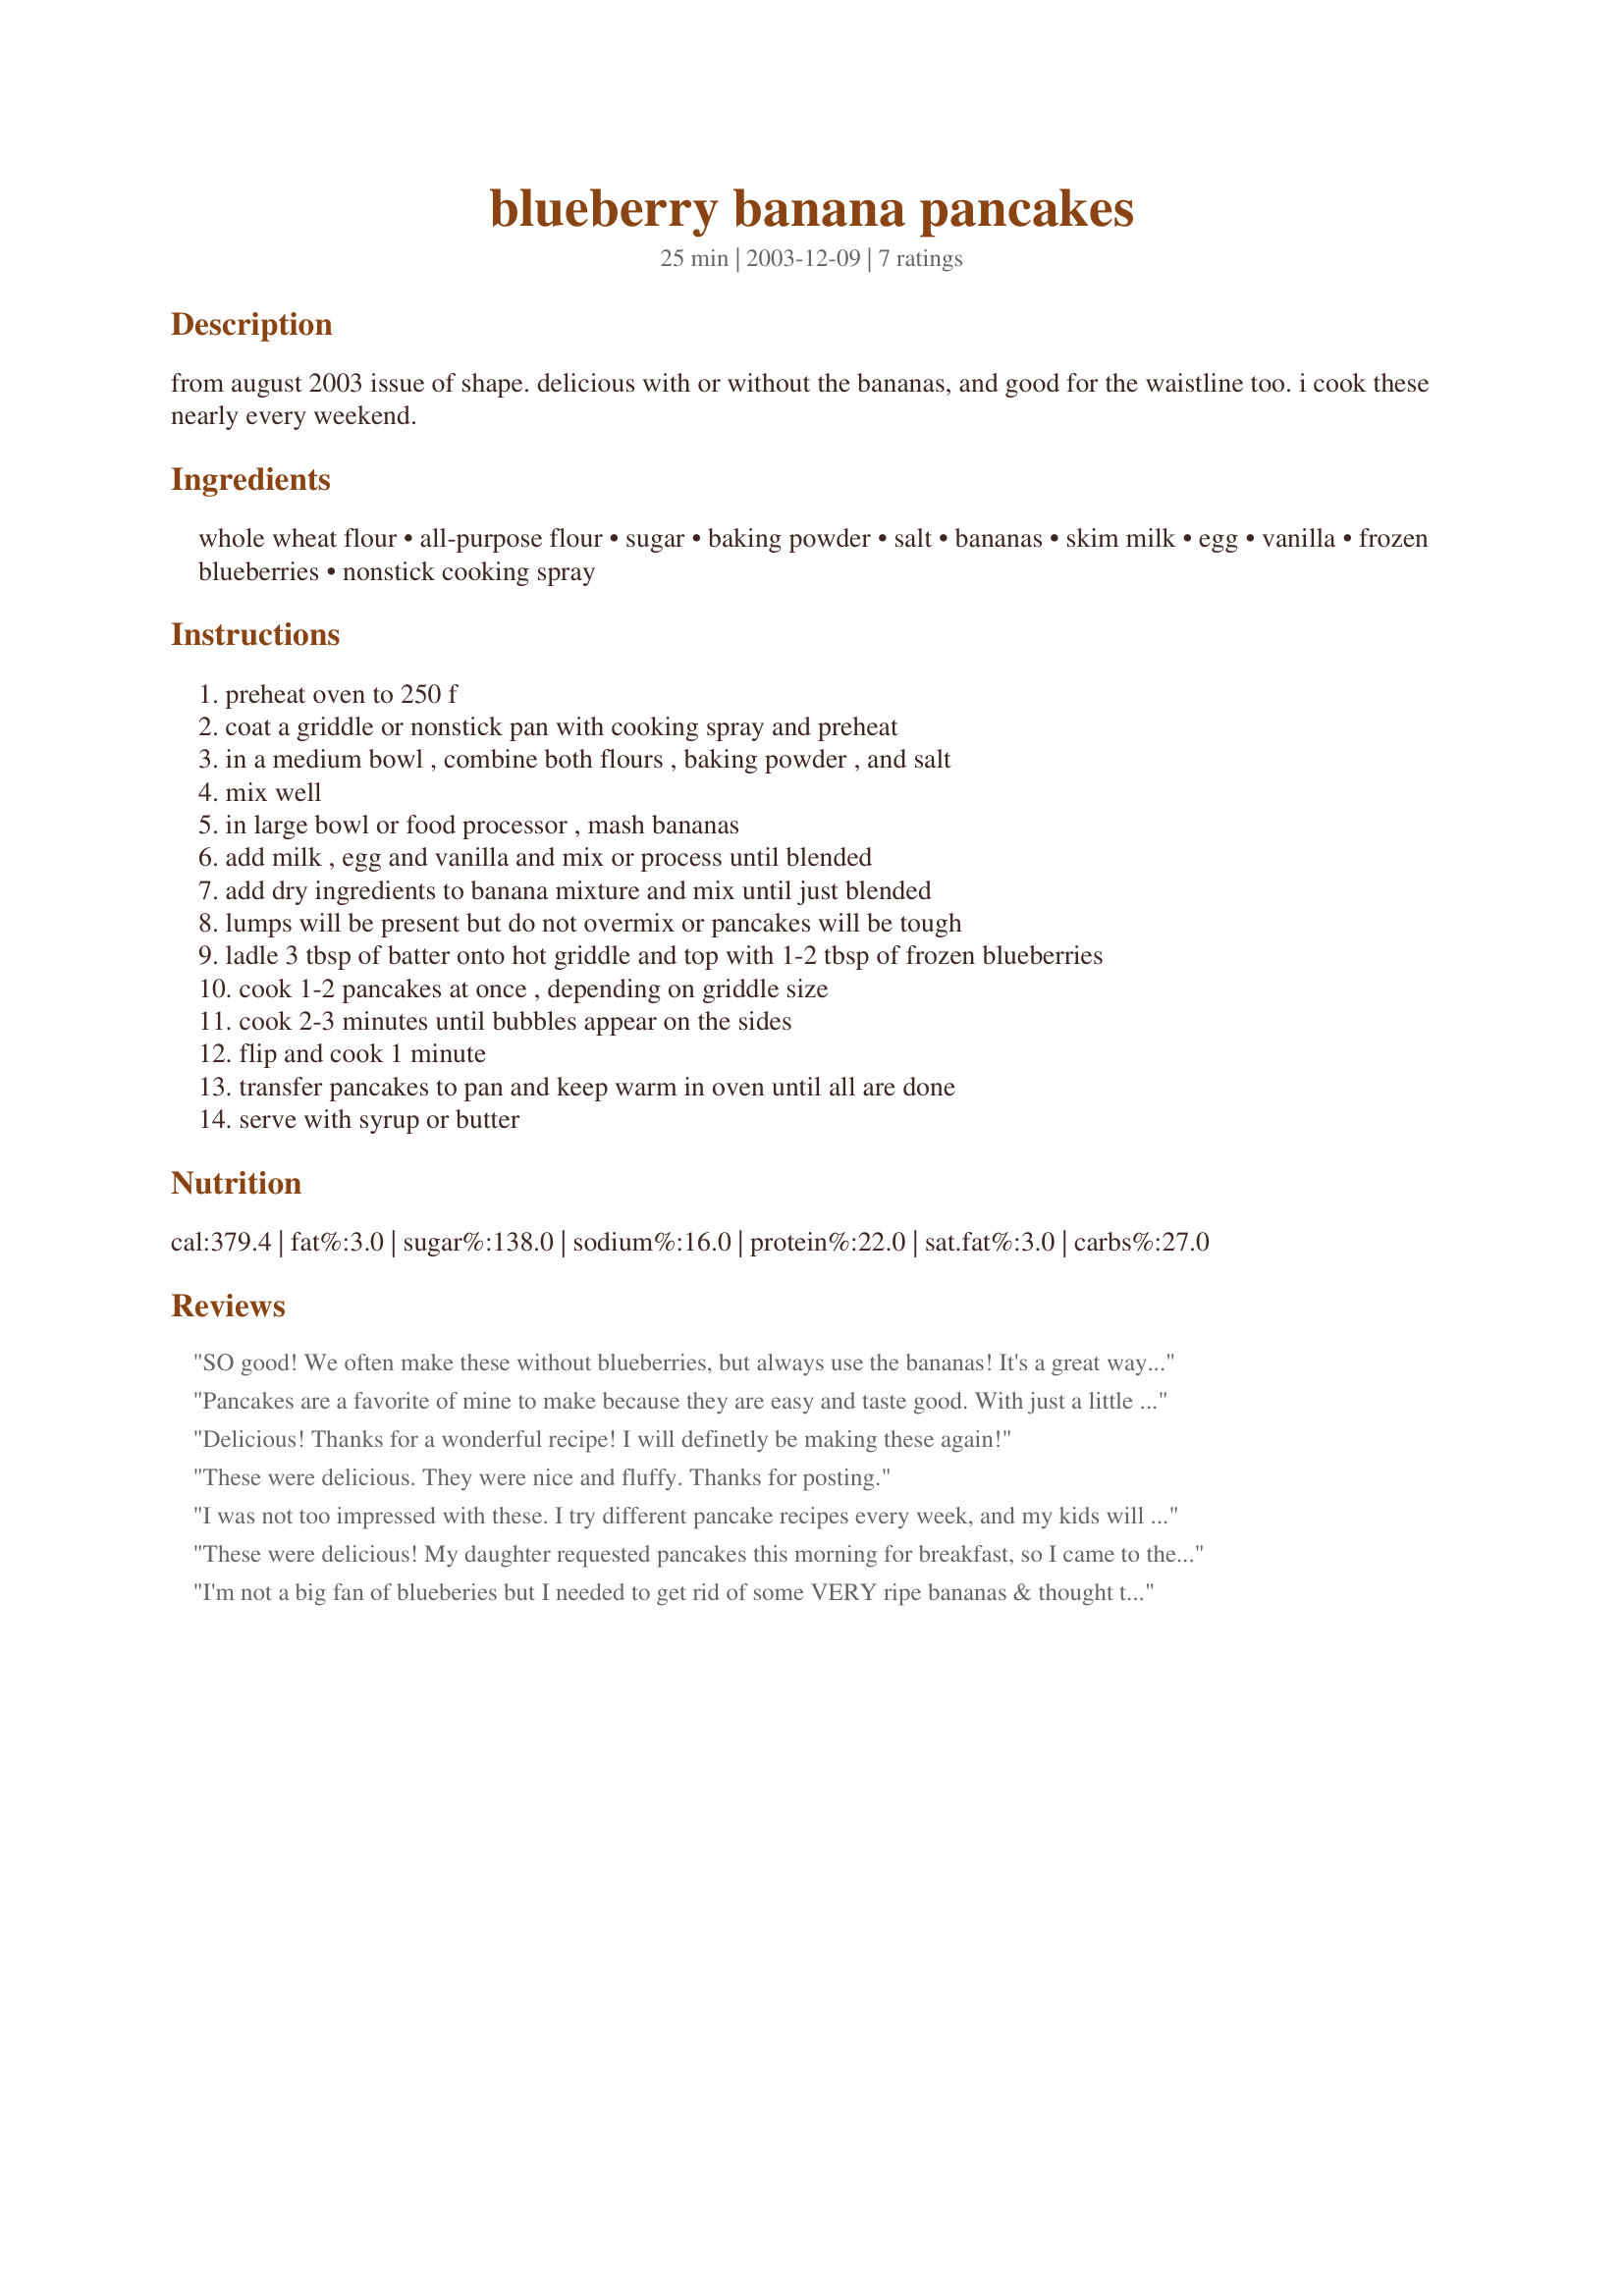
blueberry banana pancakes
Preparation time: 25 minutes

from august 2003 issue of shape. delicious with or without the bananas, and good for the waistline too. i cook these nearly every weekend.

Ingredients:
whole wheat flour, all-purpose flour, sugar, baking powder, salt, bananas, skim milk, egg, vanilla, frozen blueberries, nonstick cooking spray

Steps:
preheat oven to 250 f
coat a griddle or nonstick pan with cooking spray and preheat
in a medium bowl , combine both flours , baking powder , and salt
mix well
in large bowl or food processor , mash bananas
add milk , egg and vanilla and mix or process until blended
add dry ingredients to banana mixture and mix until just blended
lumps will be present but do not overmix or pancakes will be tough
ladle 3 tbsp of batter onto hot griddle and top with 1-2 tbsp of frozen blueberries
cook 1-2 pancakes at once , depending on griddle size
cook 2-3 minutes until bubbles appear on the sides
flip and cook 1 minute
transfer pancakes to pan and keep warm in oven until all are done
serve with syrup or butter

Reviews:
SO good! We often make these without blueberries, but always use the bananas! It's a great way to use overripe bananas, and taste so good with peanut butter and syrup!
Pancakes are a favorite of mine to make because they are easy and taste good. With just a little extra effort, these pancakes score high and above those made with the store bought mixes I normally use. The wheat and banana make them more flavorful, and I love blueberries. Since I'm watching my cholesterol, it was easy to subtitute a couple of egg whites for the one egg. I didn't have to feel guilty for having three!
Delicious! Thanks for a wonderful recipe! I will definetly be making these again!
These were delicious. They were nice and fluffy. Thanks for posting.
I was not too impressed with these. I try different pancake recipes every week, and my kids will eat just about anythining in the form of a pancake - including their vegetables! This is the first pancake recipe that they have refused to eat. I cooked on my griddle heated to 350, as usual,and the first 4 pancakes I put on I left out the blueberries since I know my kids don't like them. They burned quickly, but when I took them off they were still gooey in the middle. The next 4 I flattened with the spatula after flipping and those cooked through okay, but were still darker than I like. The next 4 I sprinkled on the blueberries (because I love them) but when I went to take them off the griddle they stuck because of the blueberries and, despite how brown they were, they were also not done in the center. I tried one final pancake this time mixing the blueberries in the batter instead of just putting them on top. I cooked that one for well over 5 minutes and, though quite brown, it was mostly done in the center. I threw out the rest of the batter since my kids wouldn't eat the pancakes anyway, and it just wasn't worth taking the time to finish cooking them since the results were so poor. The flavor of the cooked portions of these panckaes was good (im my opinion), but they were just very hard to get cooked through properly.
These were delicious! My daughter requested pancakes this morning for breakfast, so I came to the computer to get my recipe for Banana Buttermilk Pancakes, when I decided to quickly scan todays newest recipes and saw this. Sure glad I did! I really like using recipes which include whole wheat flour for that extra nutrition, especially for my kids. The banana flavour combined with blueberries was very nice. These cooked up nice and puffy and light. May add a dash of cinnamon next time, but these are really great as is! Thanks for a healthy breakfast for my little ones!(Enjoyed by their Mommy too!:) )Will make great use of this recipe!
I'm not a big fan of blueberies but I needed to get rid of some VERY ripe bananas & thought the fruit combo would be nice to try. These were pretty darn good! I would advise to put the blueberries close to the center of the pancakes as some of mine oozed out from being too close to the edge! I made half w/ the blueberries & half without; I loved how this recipe had that option since they aren't mixed in with the batter. I added more Splenda than called for & 1/4 tsp cinn. Used whole wheat pastry flour for the white flour. Very nice & healthy!
